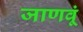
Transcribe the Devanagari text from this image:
जाणवूं